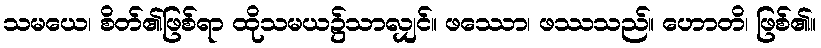
သမယေ၊ စိတ်၏ဖြစ်ရာ ထိုသမယ၌သာလျှင်။ ဖဿော၊ ဖဿသည်။ ဟောတိ၊ ဖြစ်၏။